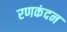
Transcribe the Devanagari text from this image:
रणकंदन